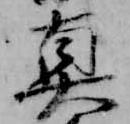
真